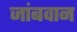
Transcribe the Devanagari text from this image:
जांबवान